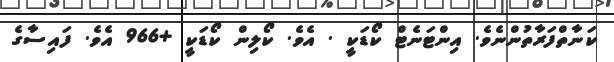
ކަނާތްފަރާތުންނެވެ. އިންޓަނެޓް ކޯޑަކީ . އެވެ. ކޯލިން ކޯޑަކީ +966 އެވެ. ފައިސާގެ